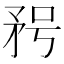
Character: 𥍣